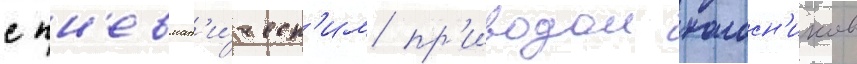
с пн'евмат'и́ческ'им пр'иводом колосн'иков